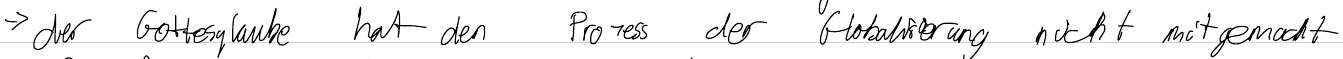
-> der Gottesglaube hat den Prozess der Globalisierung nicht mitgemacht